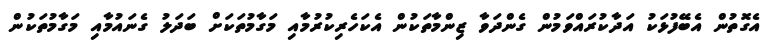
އެގޮތުން އެބޭފުޅަކު އަދާކުރައްވަމުން ގެންދަވާ ޒިންމާތަކުން އެކަހެރިކުރުމާއި މަގާމުތަކަށް ބަދަލު ގެނައުމާއި މަގާމުތަކުން